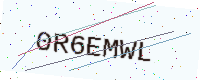
Text: 0R6EMWL